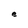
Character: e